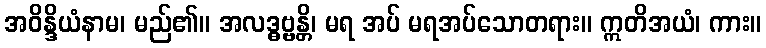
အဝိန္ဒိယံနာမ၊ မည်၏။ အလဒ္ဓဗ္ဗန္တိ၊ မရ အပ် မရအပ်သောတရား။ ဣတိအယံ၊ ကား။